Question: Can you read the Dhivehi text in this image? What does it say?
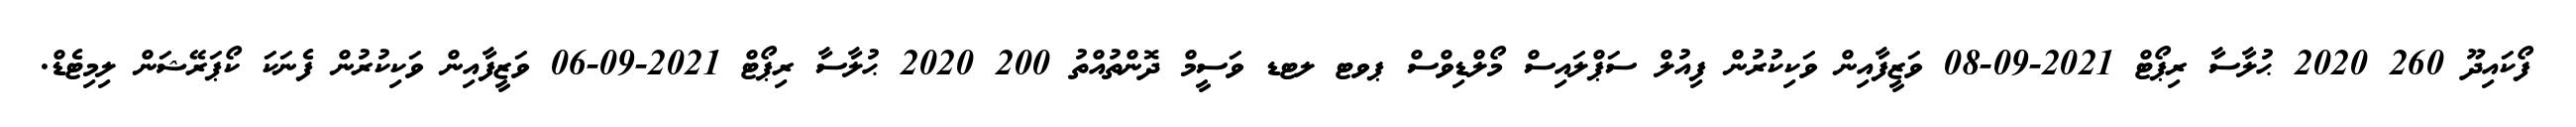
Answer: ފޯކައިދޫ 260 2020 ޙުލާސާ ރިޕޯޓް 2021-09-08 ވަޒީފާއިން ވަކިކުރުން ފިއުލް ސަޕްލައިސް މޯލްޑިވްސް ޕވޓ ލޓޑ ވަސީމް ދޮންތުއްތު 200 2020 ޙުލާސާ ރިޕޯޓް 2021-09-06 ވަޒީފާއިން ވަކިކުރުން ފެނަކަ ކޯޕަރޭޝަން ލިމިޓެޑް.